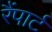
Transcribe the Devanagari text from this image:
रैंपार्ट